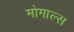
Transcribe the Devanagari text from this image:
मोगाल्स